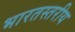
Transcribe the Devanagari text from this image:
भारतस्तरीय